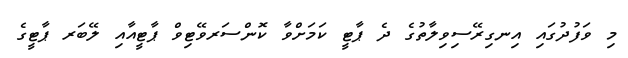
މި ވަފުދުގައި އިނގިރޭސިވިލާތުގެ ދެ ޕާޓީ ކަމަށްވާ ކޮންސަރވޭޓިވް ޕާޓީއާއި ލޭބަރ ޕާޓީގެ